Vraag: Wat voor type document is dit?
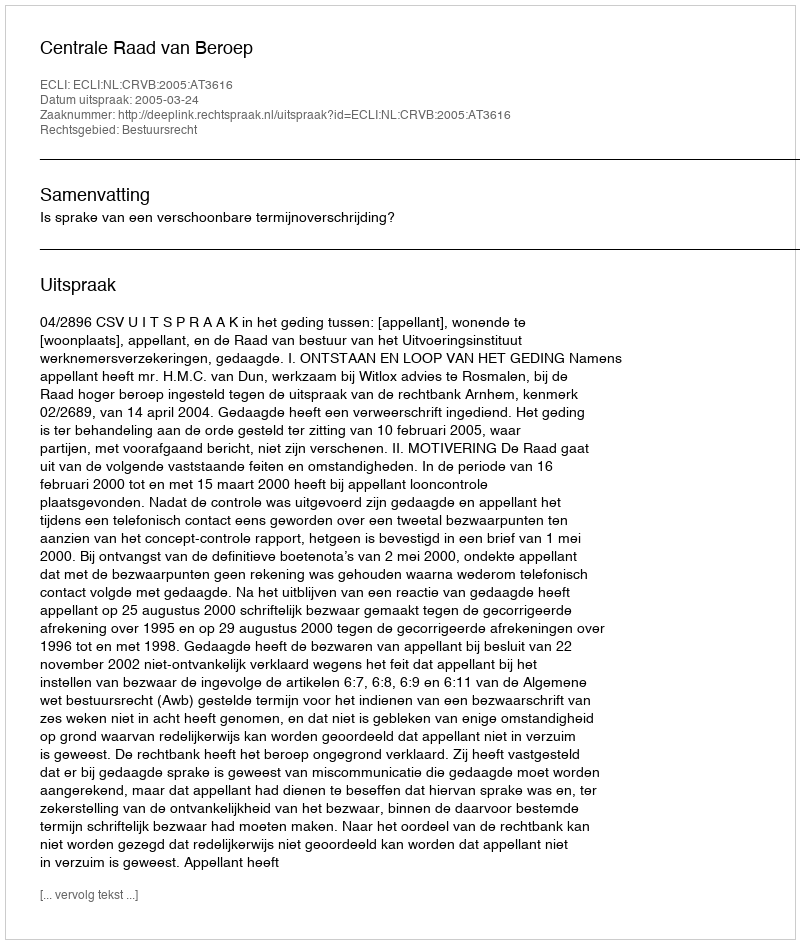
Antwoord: Uitspraak